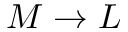
M \rightarrow L